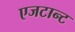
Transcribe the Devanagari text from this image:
एजटान्ट